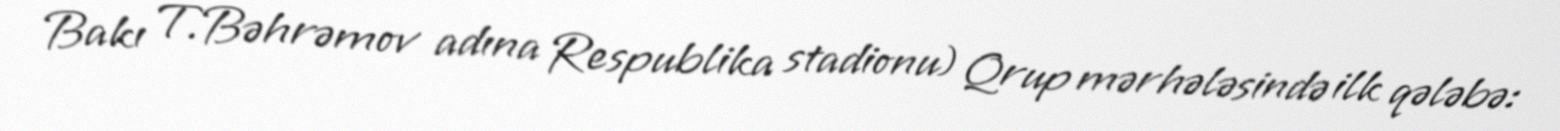
Bakı T.Bəhrəmov adına Respublika stadionu) Qrup mərhələsində ilk qələbə: